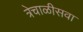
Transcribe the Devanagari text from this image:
त्रेचाळीसवा